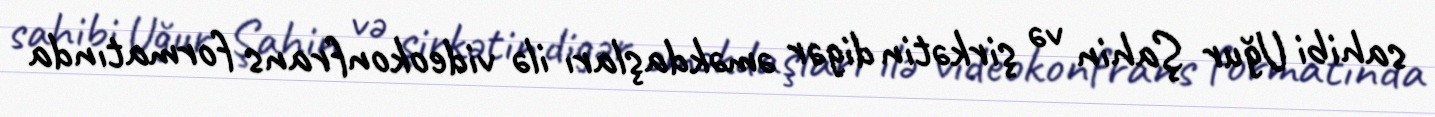
sahibi Uğur Şahin və şirkətin digər əməkdaşları ilə videokonfrans formatında